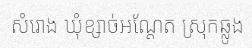
សំរោង ឃុំខ្សាច់អណ្តែត ស្រុកឆ្លូង